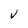
Character: V